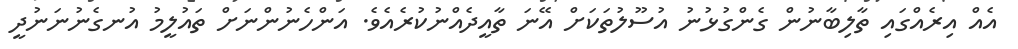
އެއް އިރެއްގައި ތާލިބާނުން ގެންގުޅުނު އުސޫލުތަކަށް އޭނަ ތާއީދެއްނުކުރެއެވެ. އަންހެނުންނަށް ތައުލީމު އުނގެނުނަނުދީ